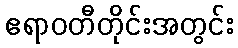
ဧရာဝတီတိုင်းအတွင်း